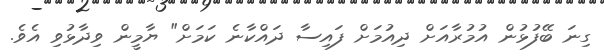
ގިނަ ބޭފުޅުން އުމުރާއަށް ދިއުމަށް ފައިސާ ދައްކާނެ ކަމަށް" ޔާމީން ވިދާޅުވި އެވެ.